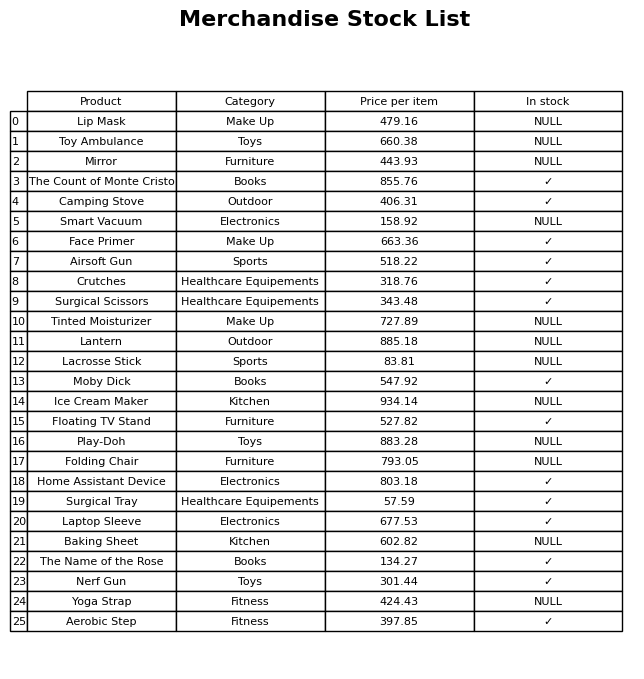
question: What is the price of the Play-Doh?
answer: The price of Play-Doh is 883.28.